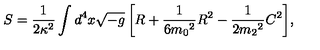
S = \frac { 1 } { 2 \kappa ^ { 2 } } \int { d ^ { 4 } x \sqrt { - g } \left[ R + \frac { 1 } { 6 { m _ { 0 } } ^ { 2 } } R ^ { 2 } - \frac { 1 } { 2 { m _ { 2 } } ^ { 2 } } C ^ { 2 } \right] } ,